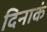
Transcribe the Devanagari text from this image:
दिनाकं